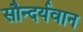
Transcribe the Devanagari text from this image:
सौन्दर्यवान